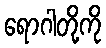
ရောဂါတို့ကို